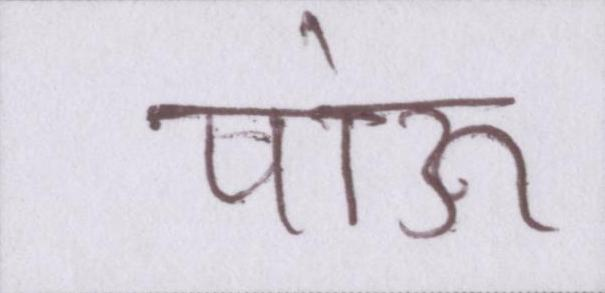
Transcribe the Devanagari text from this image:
पाऊं